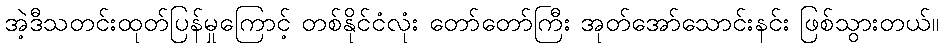
အဲ့ဒီသတင်းထုတ်ပြန်မှုကြောင့် တစ်နိုင်ငံလုံး တော်တော်ကြီး အုတ်အော်သောင်းနင်း ဖြစ်သွားတယ်။